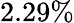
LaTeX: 2.29\%